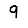
Digit: 9